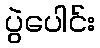
ပွဲပေါင်း